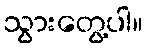
သွားတွေ့ပါ။